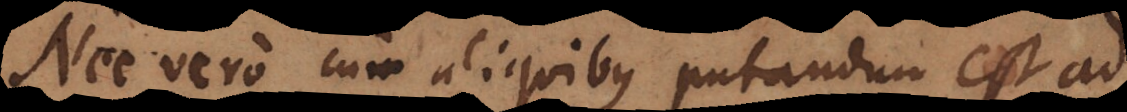
Nec vero cum aliquibus putandum est ad